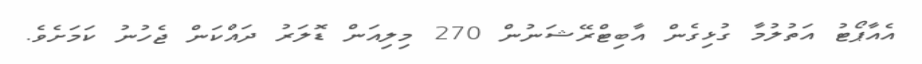
އެއާޕޯޓު އަތުލުމާ ގުޅިގެން އާބިޓްރޭޝަނުން 270 މިލިއަން ޑޮލަރު ދައްކަން ޖެހުނު ކަމަށެވެ.